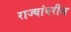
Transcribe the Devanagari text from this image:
राज्यांवरील